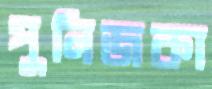
পুনিজকা